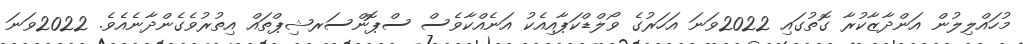
މުހައްލިލުން އަންދާޒާކުރާ ގޮތުގައި 2022ވަނަ އަހަރުގެ ވޯލްޑްކަޕާއިއެކު އަނެއްކާވެސް ސްޕޮންސަރޝިޕްތައް އިތުރުވެގެންދާނެއެވެ. 2022ވަނަ